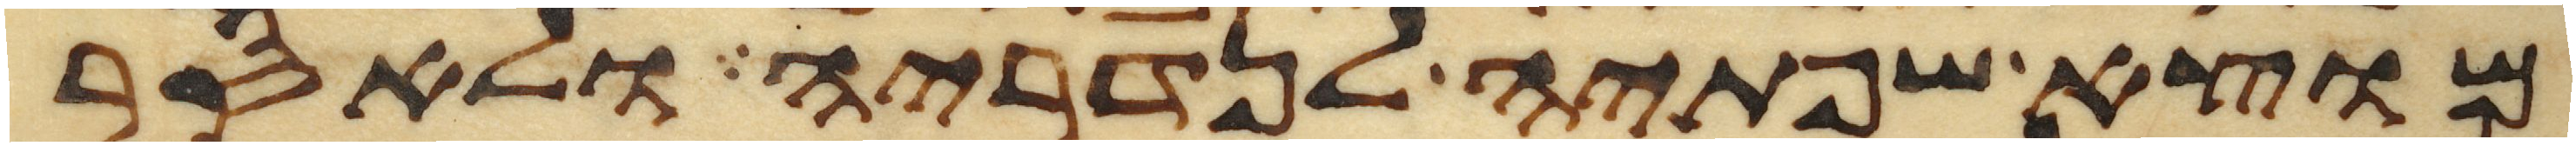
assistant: מוצא שפתיה לנדריה ולאסר